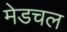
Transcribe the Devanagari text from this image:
मेडचल